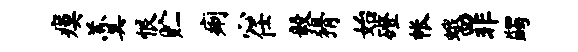
瘼羹恨贮痢心任毅猾始磴帐蛾罪蠲